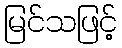
မြင်သဖြင့်